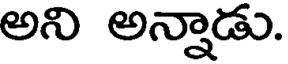
అని అన్నాడు.